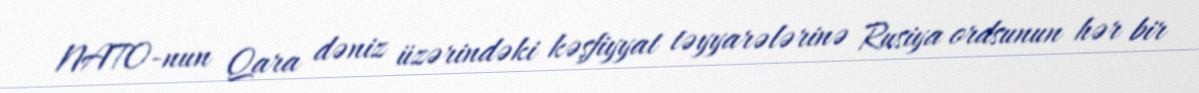
NATO-nun Qara dəniz üzərindəki kəşfiyyat təyyarələrinə Rusiya ordsunun hər bir